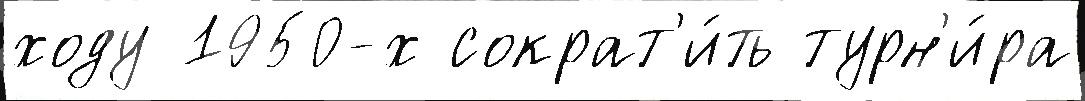
ходу 1950-х сократ'и́ть турн'и́ра